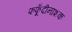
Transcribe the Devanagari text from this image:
फफूँदीनाशक